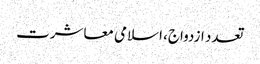
تعدد ازدواج، اسلامی معاشرت